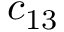
c _ { 1 3 }